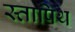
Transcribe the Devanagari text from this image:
स्तापिथ